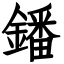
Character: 鐇